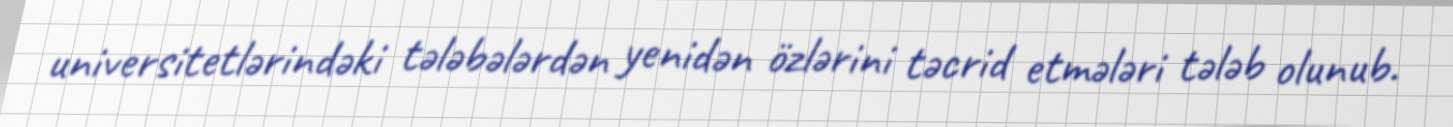
universitetlərindəki tələbələrdən yenidən özlərini təcrid etmələri tələb olunub.